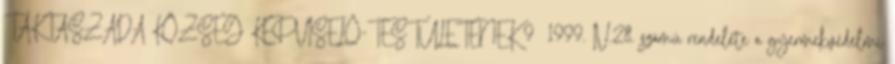
TAKTASZADA KÖZSÉG KÉPVISELŐ-TESTÜLETÉNEK 9 1999. IV.28. számú rendelete a gyermekvédelmi